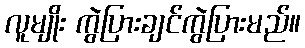
လူမျိုး ကွဲပြားချင်ကွဲပြားမည်။